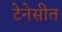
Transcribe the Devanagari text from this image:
टेनेसीत